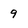
Character: 9